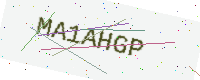
Text: MA1AHGP